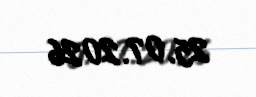
25.07.2026